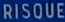
RISQUE